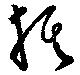
棋